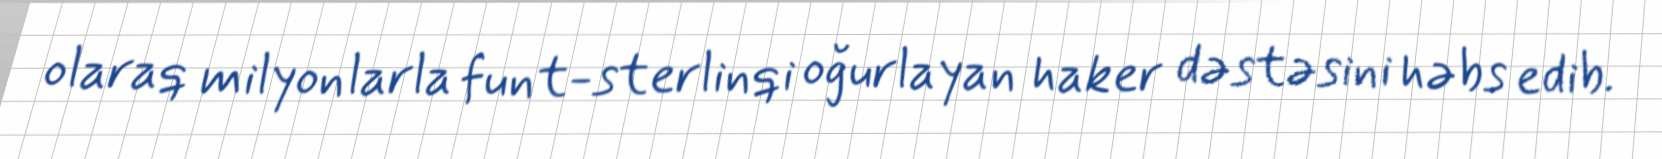
olaraq milyonlarla funt-sterlinqi oğurlayan haker dəstəsini həbs edib.